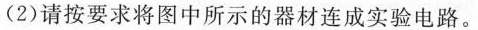
(2)请按要求将图中所示的器材连成实验电路。